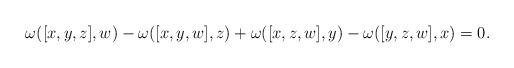
LaTeX: \begin{align*}\omega([x,y,z],w)-\omega([x,y,w],z)+\omega([x,z,w],y)-\omega([y,z,w],x)=0.\end{align*}